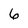
Character: 6